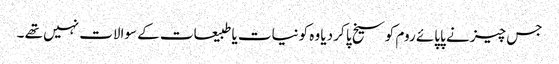
جس چیز نے پاپائے روم کو سیخ پا کر دیا وہ کونیات یا طبیعات کے سوالات نہیں تھے ۔